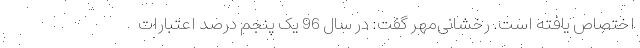
اختصاص یافته است. رخشانی‌مهر گفت: در سال 96 یک پنجم درصد اعتبارات